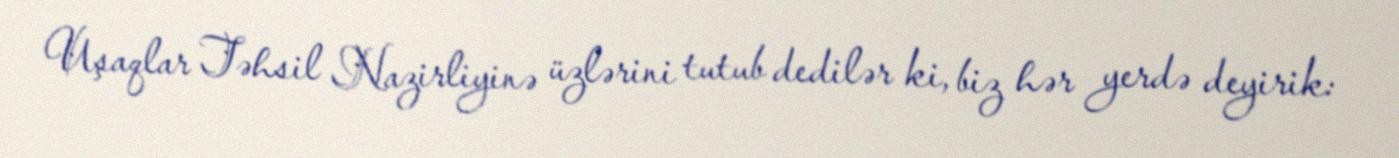
Uşaqlar Təhsil Nazirliyinə üzlərini tutub dedilər ki, biz hər yerdə deyirik: